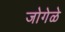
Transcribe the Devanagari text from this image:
जोगेळे